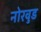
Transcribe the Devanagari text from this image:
नोरवुड